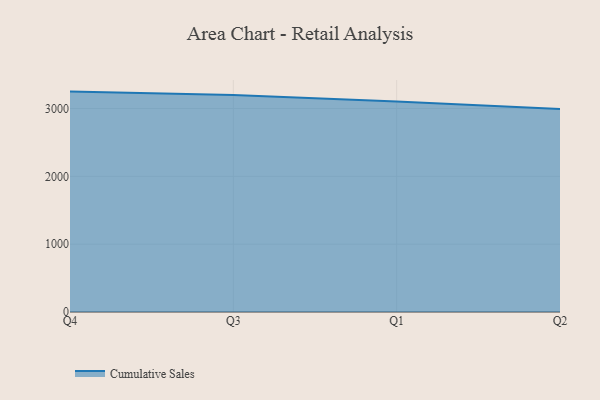
{"axis": {"x": "Quarter", "y": "Operating Costs (USD K)"}, "legend": ["Cumulative Sales"], "data": [{"x": "Q4", "y": 3249.3, "type": "Cumulative Sales"}, {"x": "Q3", "y": 3198.0, "type": "Cumulative Sales"}, {"x": "Q1", "y": 3104.3, "type": "Cumulative Sales"}, {"x": "Q2", "y": 2991.5, "type": "Cumulative Sales"}]}